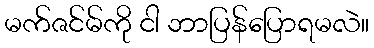
မက်ဇင်မ်ကို ငါ ဘာပြန်ပြောရမလဲ။